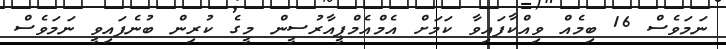
ނަމަވެސް 16 ބިމެއް ވިއްކާފައިވާ ކަމަށް އެމްއެމްޕީއާރުސީން މީގެ ކުރިން ބުނެފައިވީ ނަމަވެސް